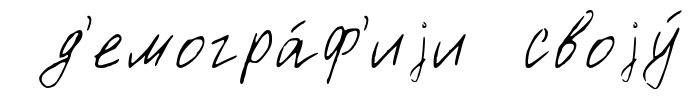
д'емогра́ф'иjи своjу́